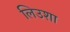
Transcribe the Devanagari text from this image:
लिउशा